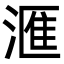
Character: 滙